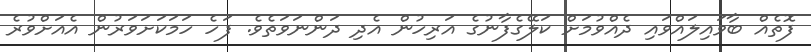
ފޮތެއް ބާވައިލައްވައި ދެއްވުމަށް ކަލޭގެފާނުގެ އަރިހުން އެދި ދަންނަވަތެވެ. ފަހެ ހަމަކަށަވަރުން އެއަށްވުރެ